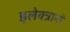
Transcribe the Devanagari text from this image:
इलेक्त्रानों